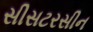
સીસટરસીન